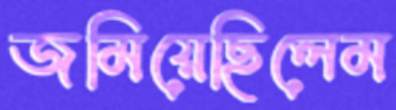
জমিয়েছিলেম